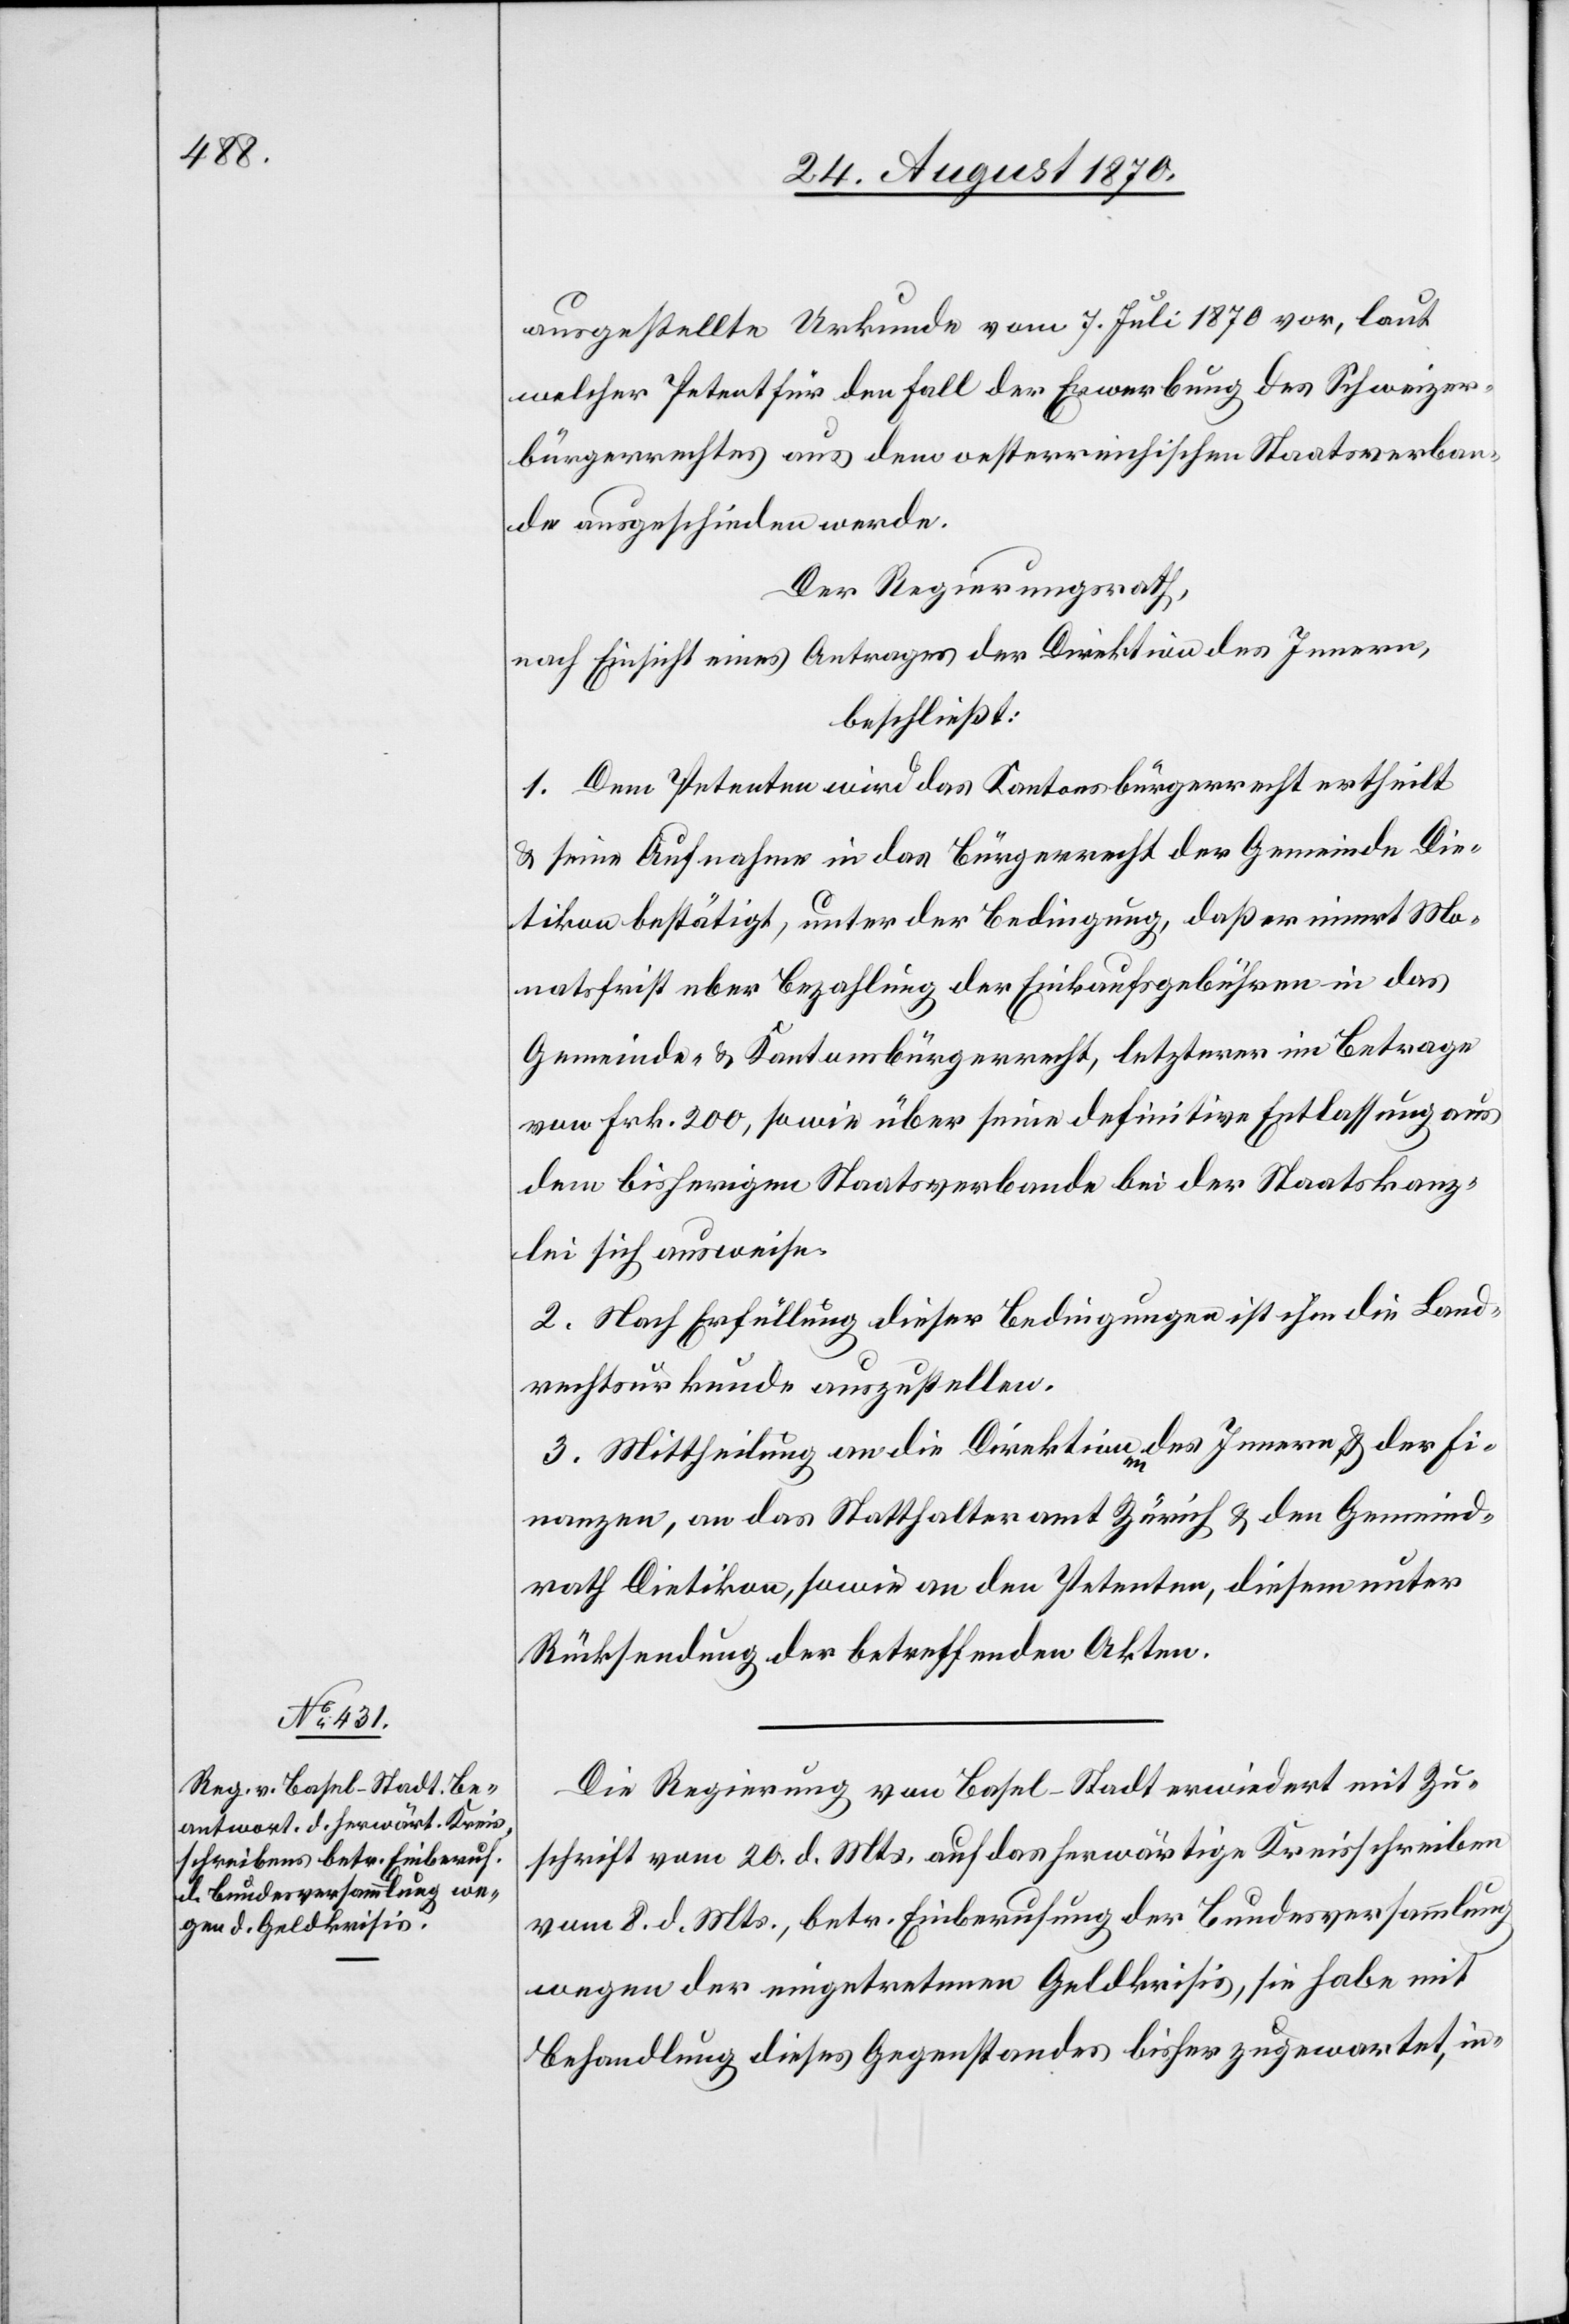
Die Regierung von Basel-Stadt erwiedert mit Zu¬
schrift vom 20. d. Mts. auf das herwärtige Kreisschreiben
vom 8. d. Mts., betr. Einberufung der Bundesversammlung
wegen der eingetretenen Geldkrisis, sie habe mit
Behandlung dieses Gegenstandes bisher zugewartet, in-